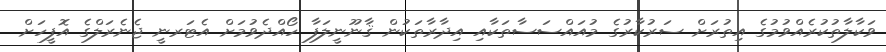
ވަކާލާތުކުރެއްވުމުގެ އިތުރަށް ސަރުކާރުގެ މުއައްސަސާތަކާއި އިދާރާތަކުން ޤާނޫނީލަފާ ހޯއްދެވުމަށް އެޓަރނީ ޖެނެރަލްގެ އޮފީހަށް